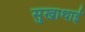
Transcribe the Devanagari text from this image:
सुखाथाई